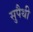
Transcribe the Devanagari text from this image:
सुपैथी